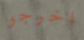
اخرجو